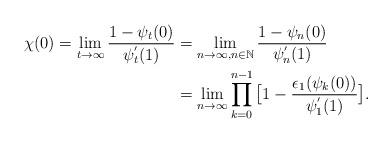
LaTeX: \begin{align*}\chi (0)= \lim_{t\rightarrow \infty } \frac{1-\psi _t(0)}{\psi _t^{'}(1)}&= \lim_{n\rightarrow \infty, n\in \mathbb N } \frac{1-\psi _n(0)}{\psi _n^{'}(1)}\\&= \lim_{n\rightarrow \infty } \prod_{k=0}^{n-1} \big[ 1- \frac{\epsilon _1(\psi _k(0))}{\psi _1^{'}(1)}\big].\end{align*}